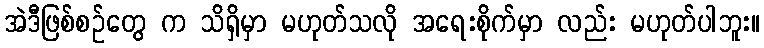
အဲဒီဖြစ်စဉ်တွေ က သိရှိမှာ မဟုတ်သလို အရေးစိုက်မှာ လည်း မဟုတ်ပါဘူး။